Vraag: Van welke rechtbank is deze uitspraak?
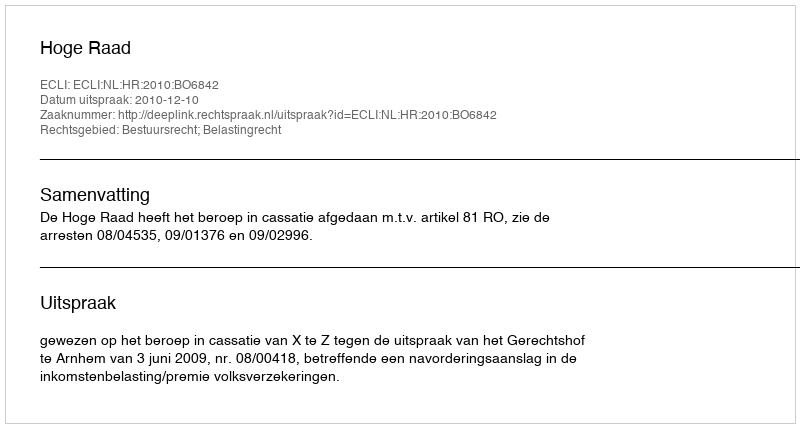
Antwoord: Hoge Raad